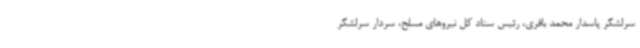
سرلشکر پاسدار محمد باقری، رئیس ستاد کل نیروهای مسلح، سردار سرلشکر